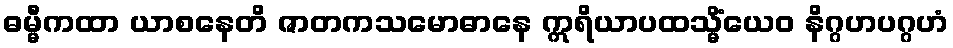
ဓမ္မီကထာ ယာစနေတိ ဇာတကသမောဓာနေ ဣရိယာပထသ္မိံယေဝ နိဂ္ဂဟပဂ္ဂဟံ